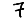
Digit: 7